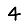
Digit: 4